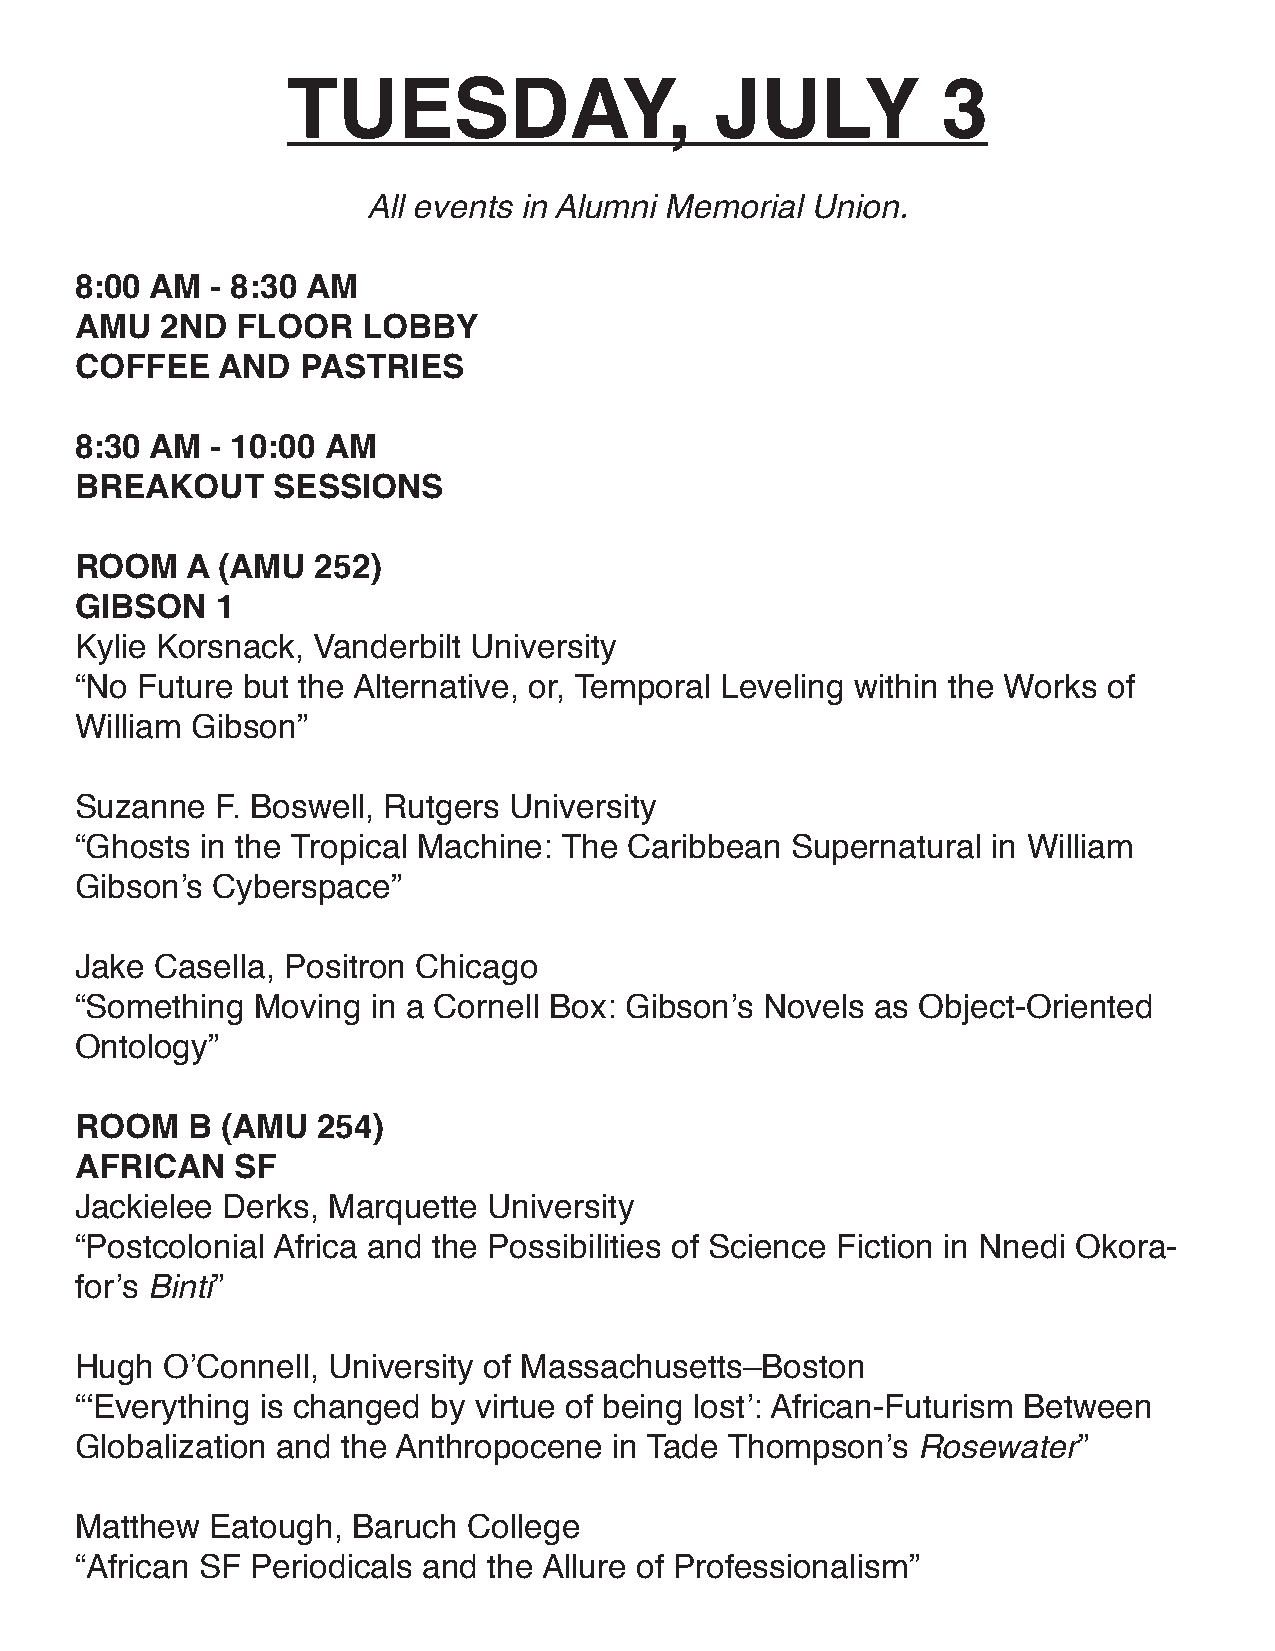
TUESDAY,                    JULY           3
 All events in Alumni Memorial Union.
 8:00 AM  - 8:30 AM
 AMU   2ND  FLOOR   LOBBY
 COFFEE   AND   PASTRIES
 8:30 AM  - 10:00 AM
 BREAKOUT     SESSIONS
 ROOM   A (AMU   252)
 gIBSON   1
 Kylie Korsnack, Vanderbilt University
 “No Future but the Alternative, or, Temporal Leveling within the Works of
 William Gibson”
 Suzanne  F. Boswell, Rutgers University
 “Ghosts in the Tropical Machine: The Caribbean Supernatural  in William
 Gibson’s Cyberspace”
 Jake Casella, Positron Chicago
 “Something  Moving  in a Cornell Box: Gibson’s Novels as Object-Oriented
 Ontology”
 ROOM   B  (AMU  254)
 AFRICAN    SF
 Jackielee Derks, Marquette University
 “Postcolonial Africa and the Possibilities of Science Fiction in Nnedi Okora-
 for’s Binti”
 Hugh  O’Connell, University of Massachusetts–Boston
 “‘Everything is changed by virtue of being lost’: African-Futurism Between
 Globalization and the Anthropocene  in Tade Thompson’s  Rosewater”
 Matthew  Eatough, Baruch  College
 “African SF Periodicals and the Allure of Professionalism”